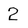
Character: 2